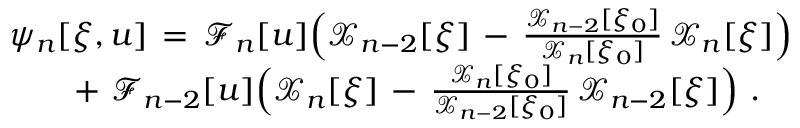
\begin{array} { r } { \psi _ { n } [ \xi , u ] \, = \, \mathcal { F } _ { n } [ u ] \Big ( \mathcal { X } _ { n - 2 } [ \xi ] \, - \, \frac { \mathcal { X } _ { n - 2 } [ \xi _ { 0 } ] } { \mathcal { X } _ { n } [ \xi _ { 0 } ] } \, \mathcal { X } _ { n } [ \xi ] \Big ) } \\ { + \, \, \mathcal { F } _ { n - 2 } [ u ] \Big ( \mathcal { X } _ { n } [ \xi ] \, - \, \frac { \mathcal { X } _ { n } [ \xi _ { 0 } ] } { \mathcal { X } _ { n - 2 } [ \xi _ { 0 } ] } \, \mathcal { X } _ { n - 2 } [ \xi ] \Big ) \ . \ \ \ } \end{array}